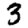
Digit: 3